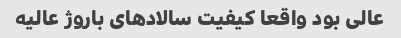
عالی بود واقعا کیفیت سالاد‌های باروژ عالیه